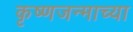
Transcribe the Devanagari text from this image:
कृष्णजन्माच्या